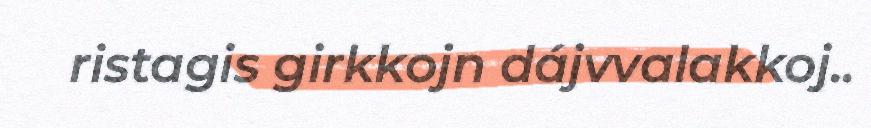
ristagis girkkojn dájvvalakkoj..